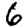
Digit: 6